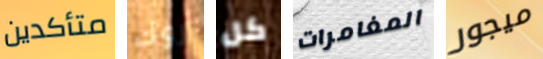
متأكدين روك كل المغامرات ميجور